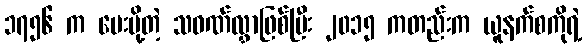
၁၇၅၆ က ပေးပို့တဲ့ သဝဏ်လွှာဖြစ်ပြီး ၂၀၁၅ ကတည်းက ယူနက်စကိုရဲ့